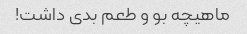
ماهیچه بو و طعم بدی داشت!